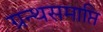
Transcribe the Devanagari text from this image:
ग्रन्थसमाप्ति